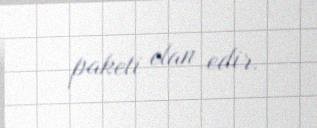
paketi elan edir.